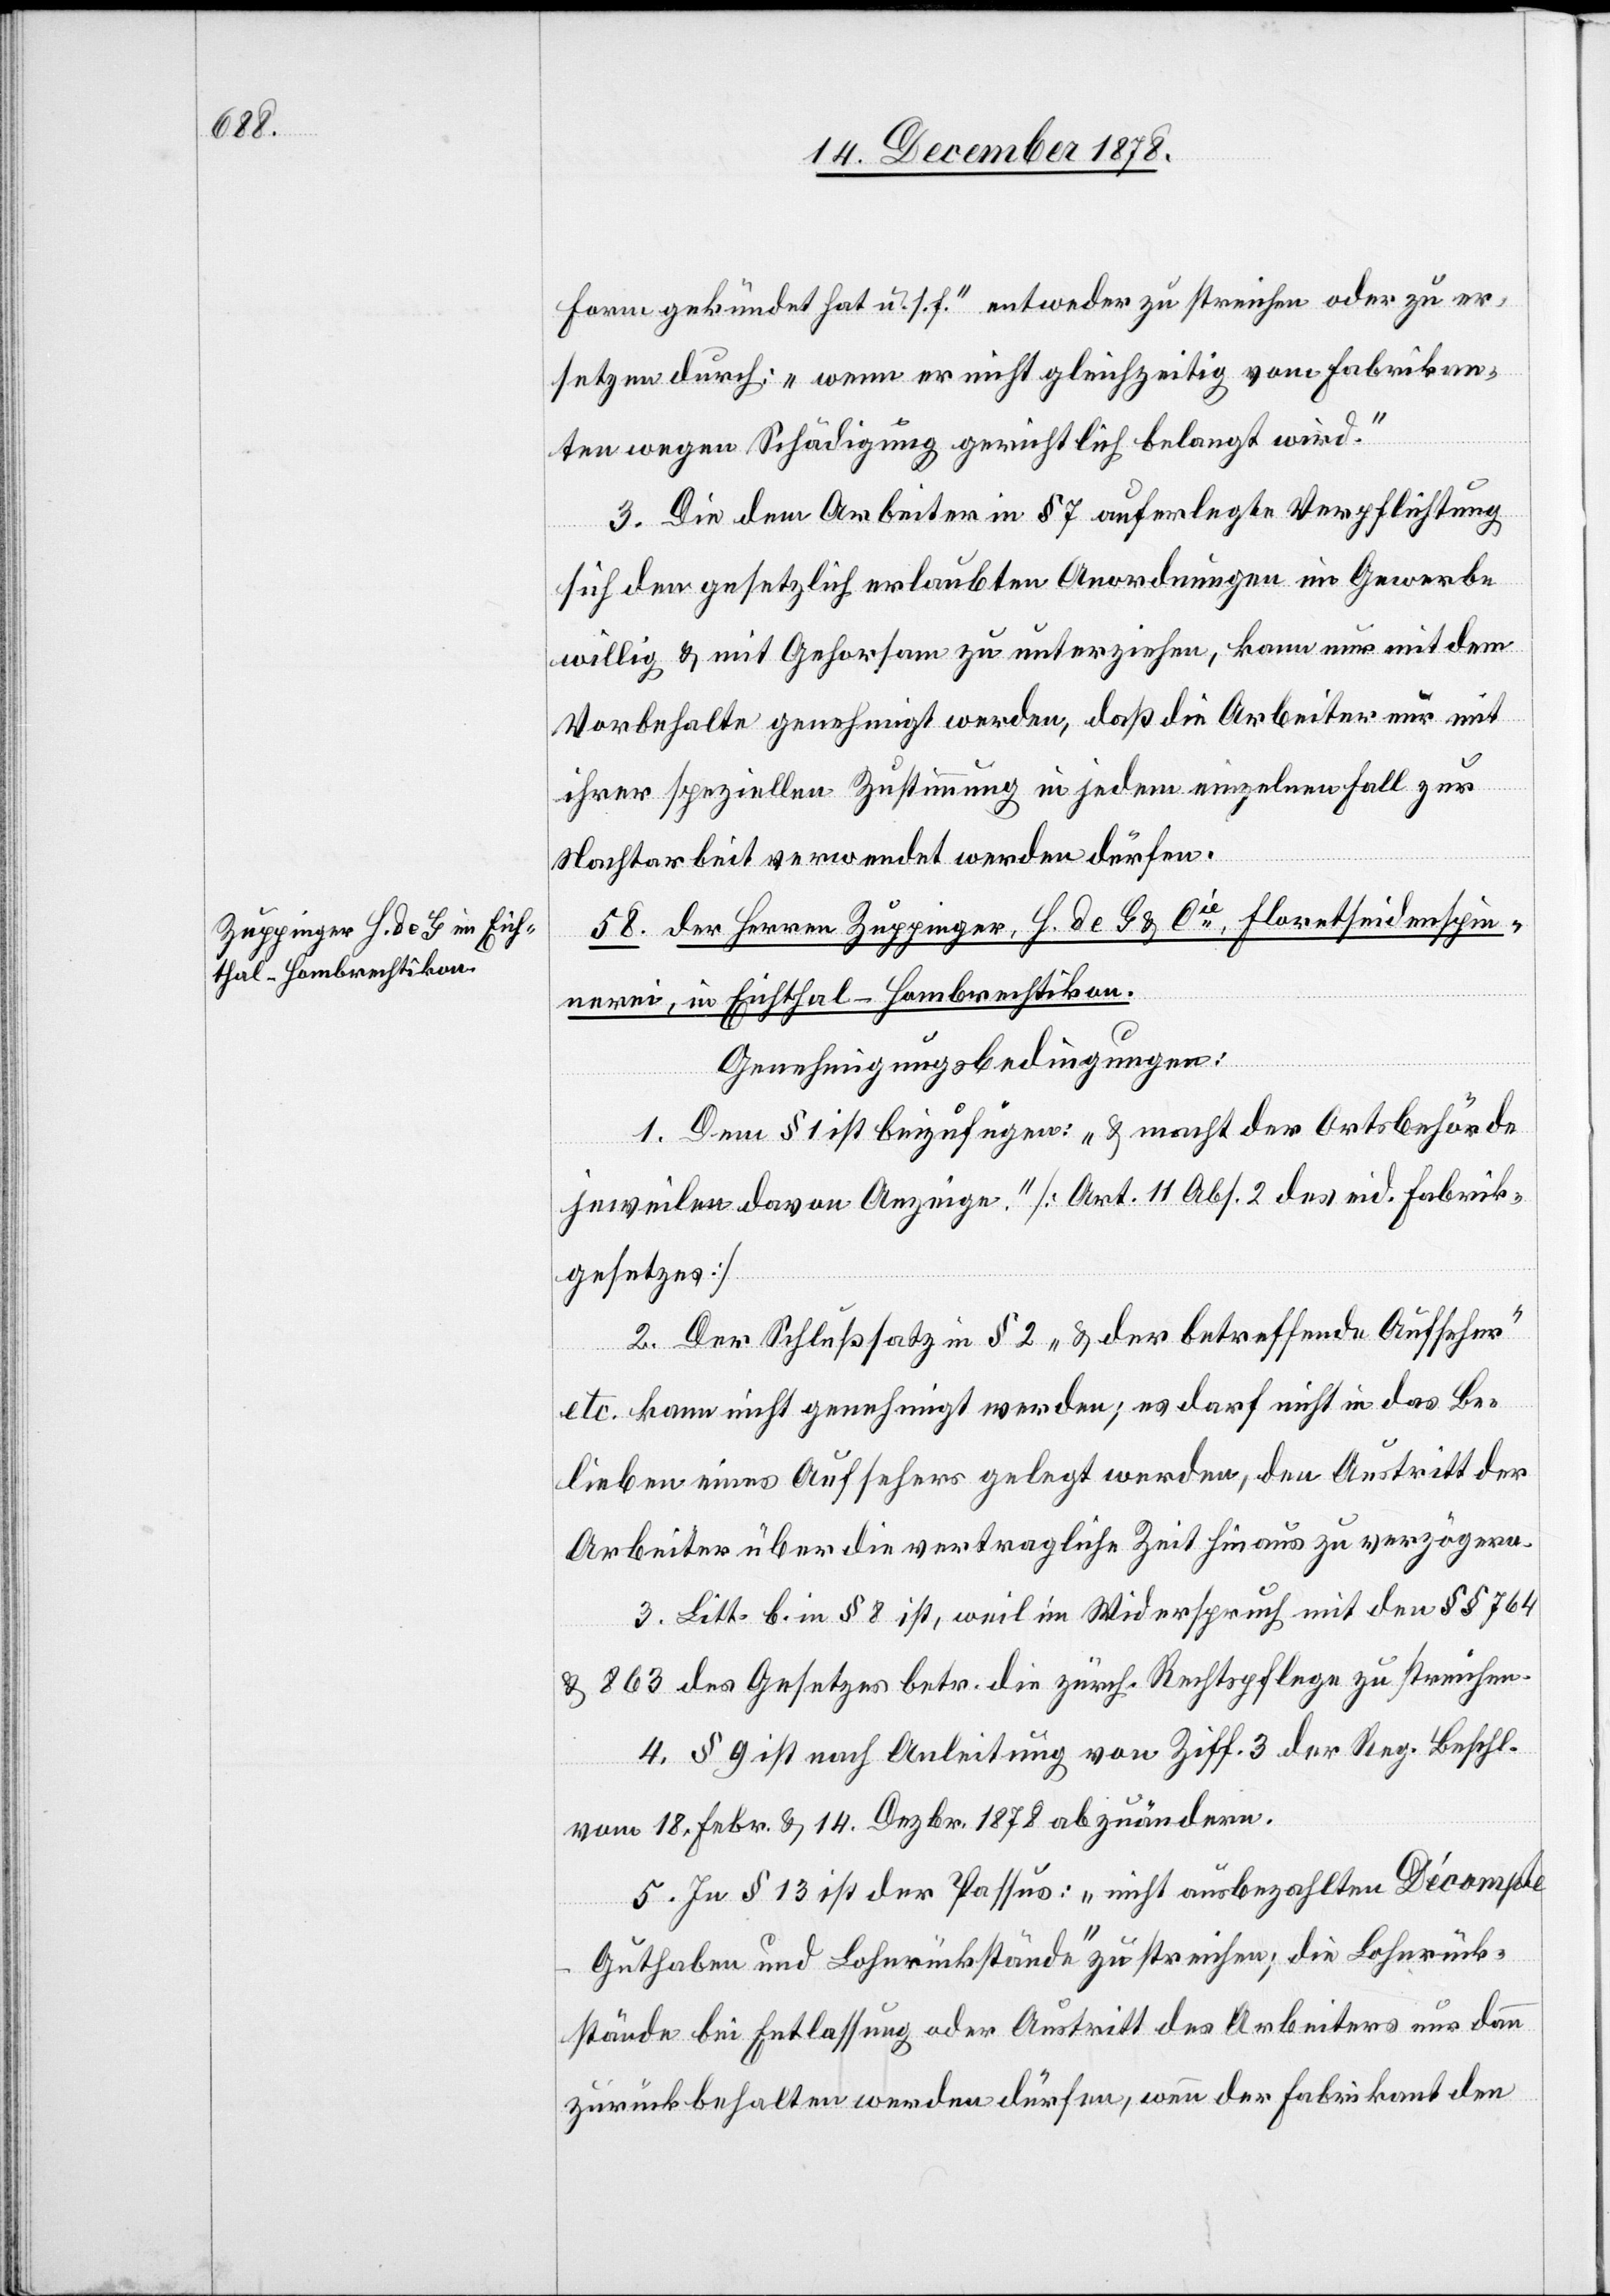
Form gekündet hat u. s. f.“ entweder zu streichen oder zu er¬
setzen durch: „wenn er nicht gleichzeitig von Fabrikan¬
ten wegen Schädigung gerichtlich belangt wird.“
3. Die dem Arbeiter in § 7 auferlegte Verpflichtung
sich der gesetzlich erlaubten Anordnungen im Gewerbe
willig & mit Gehorsam zu unterziehen, kann nur mit dem
Vorbehalte genehmigt werden, daß die Arbeiter nur mit
ihrer speziellen Zustimmung in jedem einzelnen Fall zur
Nachtarbeit verwendet werden dürfen.
58. der Herren Zuppinger, H. de G & Cie, Floretseidenspin¬
nerei, in Eichthal - Hombrechtikon.
Genehmigungsbedingungen:
1. Dem § 1 ist beizufügen: „& macht der Ortsbehörde
jeweilen davon Anzeige.“ [Art. 11 Abs. 2 des eid. Fabrik¬
gesetzes]
2. Der Schlußsatz in § 2 „& der betreffende Aufseher“
etc. kann nicht genehmigt werden; es darf nicht in das Be¬
lieben eines Aufsehers gelegt werden, den Austritt der
Arbeiter über die vertragliche Zeit hinaus zu verzögern.
3. Litt. b. in § 8 ist, weil im Widerspruch mit den §§ 764
& 863 des Gesetzes betr. die zürch. Rechtspflege zu streichen.
4. § 9 ist nach Anleitung von Ziff. 3 der Reg. Beschl.
vom 18. Febr. & 14. Dez. 1878 abzuändern.
5. In § 13 ist der Passus: „nicht ausbezahlten Décompt¬
e-Guthaben und Lohnrückstände“ zu streichen; die Lohnrück¬
stände bei Entlassung oder Austritt des Arbeiters nur dann
zurückbehalten werden dürfen, wenn der Fabrikant den